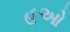
હૂઓ